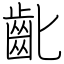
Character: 齔